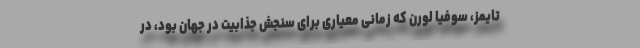
تایمز، سوفیا لورن که زمانی معیاری برای سنجش جذابیت در جهان بود، در